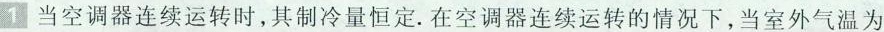
1当空调器连续运转时，其制冷量恒定.在空调器连续运转的情况下，当室外气温为